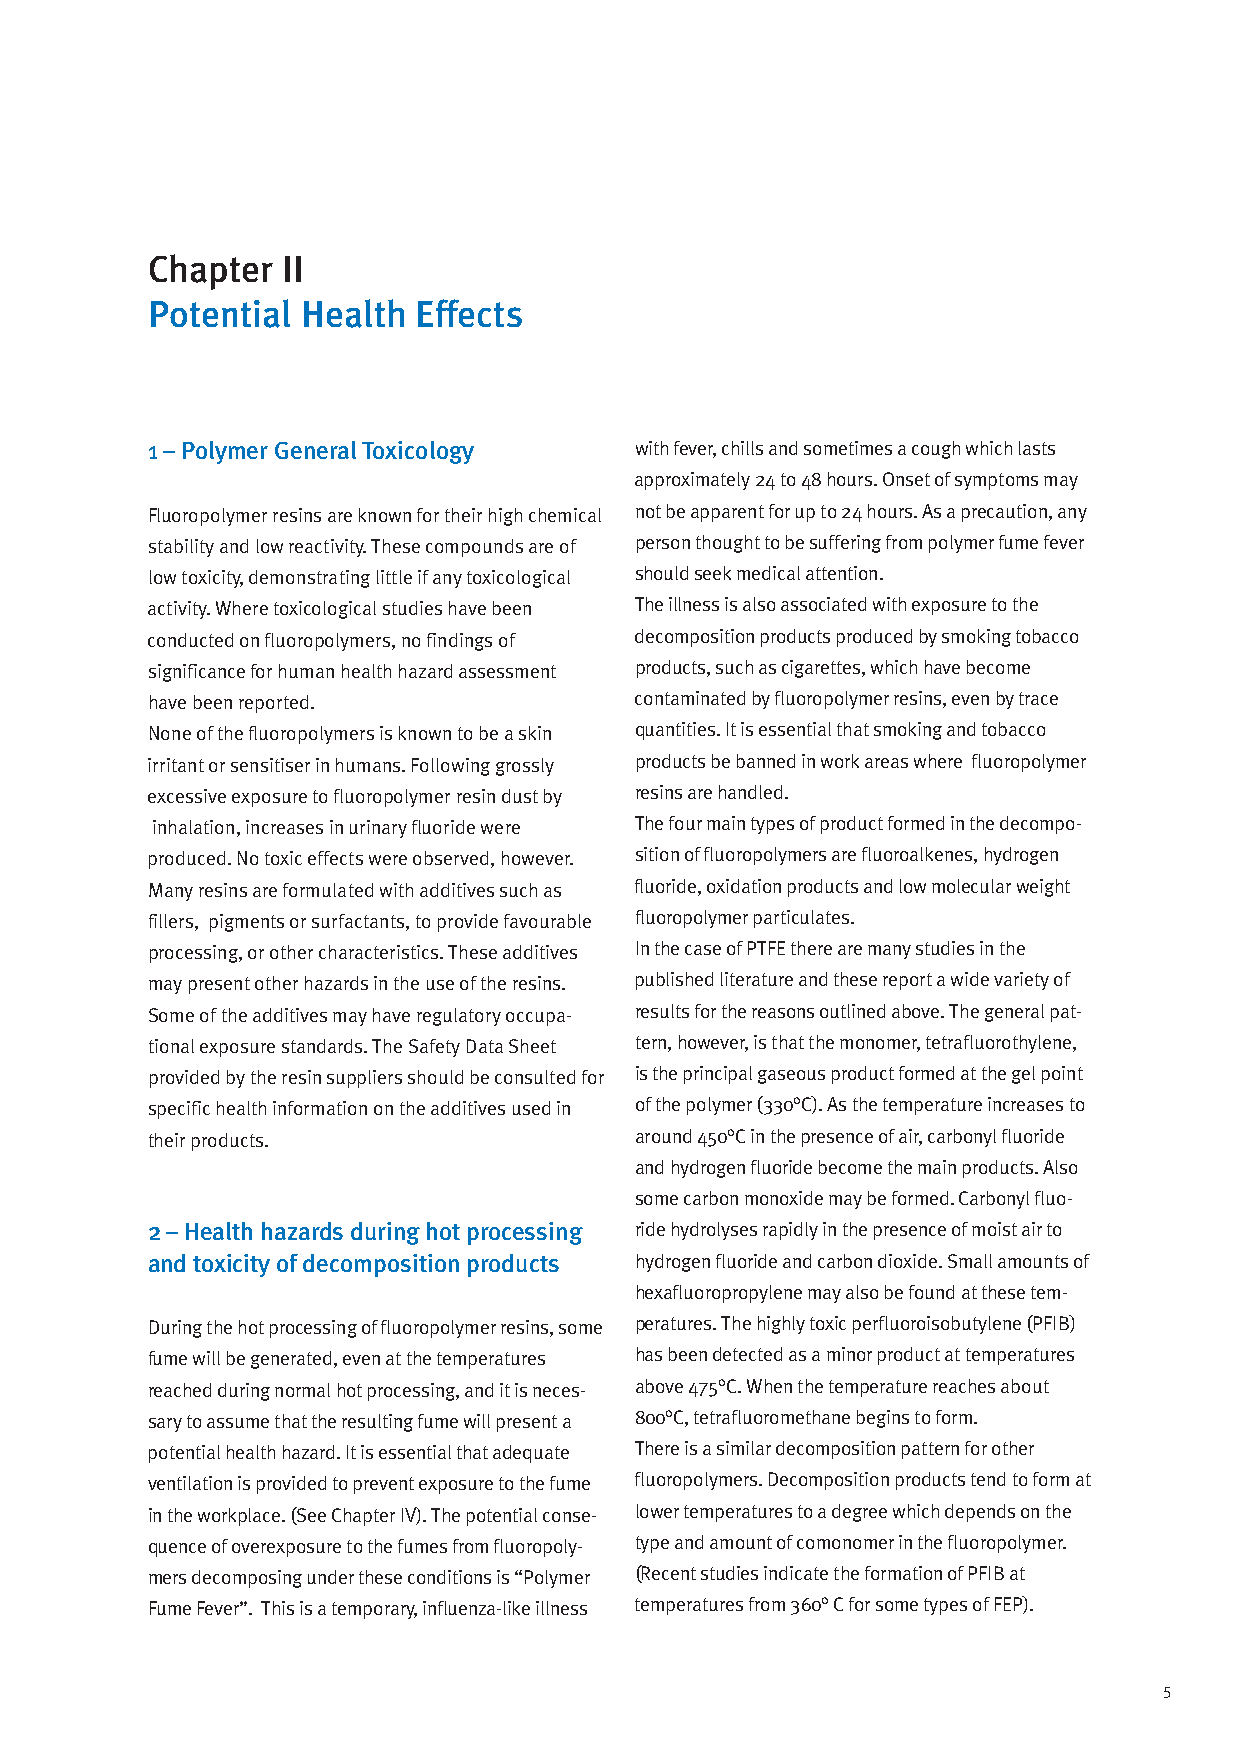
Chapter  II
 Potential Health Effects
 1 – Polymer General Toxicology  with fever, chills and sometimes a cough which lasts
 approximately 24 to 48 hours. Onset of symptoms may
 Fluoropolymer resins are known for their high chemical not be apparent for up to 24 hours. As a precaution, any
 stability and low reactivity. These compounds are of person thought to be suffering from polymer fume fever
 low toxicity, demonstrating little if any toxicological should seek medical attention.
 activity. Where toxicological studies have been The illness is also associated with exposure to the
 conducted on fluoropolymers, no findings of decomposition products produced by smoking tobacco
 significance for human health hazard assessment products, such as cigarettes, which have become
 have been reported.             contaminated by fluoropolymer resins, even by trace
 None of the fluoropolymers is known to be a skin quantities. It is essential that smoking and tobacco
 irritant or sensitiser in humans. Following grossly products be banned in work areas where fluoropolymer
 excessive exposure to fluoropolymer resin dust by resins are handled.
 inhalation, increases in urinary fluoride were The four main types of product formed in the decompo-
 produced. No toxic effects were observed, however. sition of fluoropolymers are fluoroalkenes, hydrogen
 Many resins are formulated with additives such as fluoride, oxidation products and low molecular weight
 fillers, pigments or surfactants, to provide favourable fluoropolymer particulates.
 processing, or other characteristics. These additives In the case of PTFE there are many studies in the
 may present other hazards in the use of the resins. published literature and these report a wide variety of
 Some of the additives may have regulatory occupa- results for the reasons outlined above. The general pat-
 tional exposure standards. The Safety Data Sheet tern, however, is that the monomer, tetrafluorothylene,
 provided by the resin suppliers should be consulted for is the principal gaseous product formed at the gel point
 specific health information on the additives used in of the polymer (330°C). As the temperature increases to
 their products.                 around 450°C in the presence of air, carbonyl fluoride
 and hydrogen fluoride become the main products. Also
 some carbon monoxide may be formed. Carbonyl fluo-
 2 – Health hazards during hot processing ride hydrolyses rapidly in the presence of moist air to
 and toxicity of decomposition products hydrogen fluoride and carbon dioxide. Small amounts of
 hexafluoropropylene may also be found at these tem-
 During the hot processing of fluoropolymer resins, some peratures. The highly toxic perfluoroisobutylene (PFIB)
 fume will be generated, even at the temperatures has been detected as a minor product at temperatures
 reached during normal hot processing, and it is neces- above 475°C. When the temperature reaches about
 sary to assume that the resulting fume will present a 800°C, tetrafluoromethane begins to form.
 potential health hazard. It is essential that adequate There is a similar decomposition pattern for other
 ventilation is provided to prevent exposure to the fume fluoropolymers. Decomposition products tend to form at
 in the workplace. (See Chapter IV). The potential conse- lower temperatures to a degree which depends on the
 quence of overexposure to the fumes from fluoropoly- type and amount of comonomer in the fluoropolymer.
 mers decomposing under these conditions is “Polymer (Recent studies indicate the formation of PFIB at
 Fume Fever”. This is a temporary, influenza-like illness temperatures from 360° C for some types of FEP).
 5